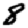
Digit: 8